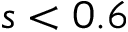
s < 0 . 6